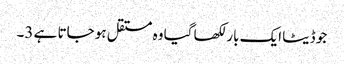
جو ڈیٹا ایک بار لکھا گیا وہ مستقل ہو جاتا ہے 3۔